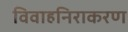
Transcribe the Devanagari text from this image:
विवाहनिराकरण